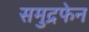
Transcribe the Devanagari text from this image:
समुद्रफेन